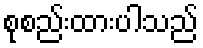
စုစည်းထားပါသည်